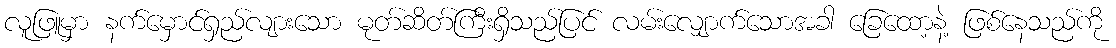
လူဖြူမှာ နက်မှောင်ရှည်လျားသော မုတ်ဆိတ်ကြီးရှိသည်ပြင် လမ်းလျှောက်သောအခါ ခြေထော့နဲ့ ဖြစ်နေသည်ကို